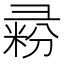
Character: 𰐥